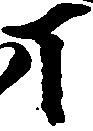
丁